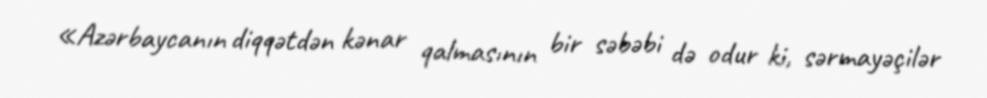
«Azərbaycanın diqqətdən kənar qalmasının bir səbəbi də odur ki, sərmayəçilər